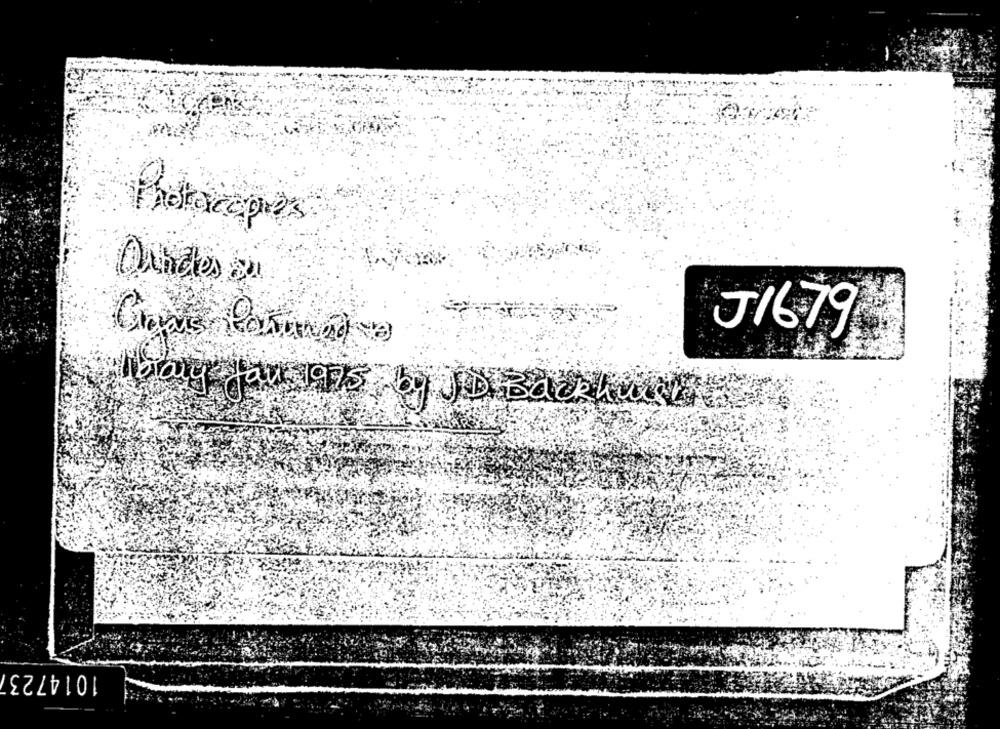
Photocopies
J16.79
ibaly fau 1975 by JD Backhu
1014723